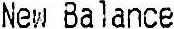
NEW BALANCE